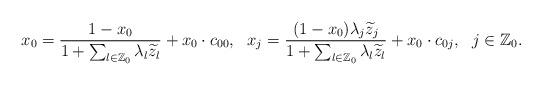
LaTeX: \begin{align*}x_0=\frac{1-x_0}{1+\sum_{l \in \mathbb Z_0}{\lambda_l\widetilde{z}_l}}+x_0\cdot c_{00}, \ \ x_j=\frac{(1-x_0)\lambda_{j}\widetilde{z}_{j}}{1+\sum_{l \in \mathbb Z_0}{\lambda_l\widetilde{z}_l}}+x_0\cdot c_{0j}, \ \ j\in \mathbb Z_0.\end{align*}